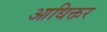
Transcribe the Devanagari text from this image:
आधिक्तर